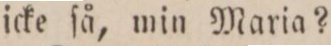
icke ſå, min Maria?